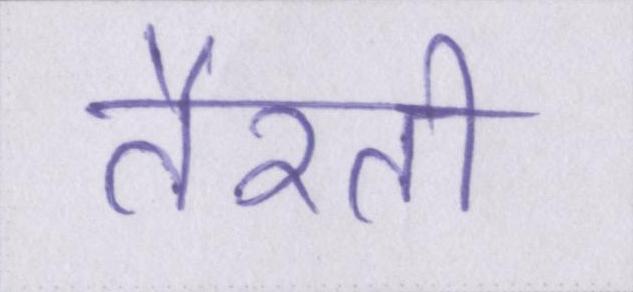
तैरती